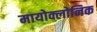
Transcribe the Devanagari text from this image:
मायोक्लोनिक